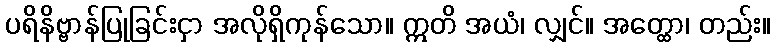
ပရိနိဗ္ဗာန်ပြုခြင်းငှာ အလိုရှိကုန်သော။ ဣတိ အယံ၊ လျှင်။ အတ္ထော၊ တည်း။